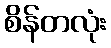
စိန်တလုံး